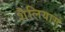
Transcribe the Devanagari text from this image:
शैलियाम